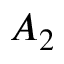
A _ { 2 }